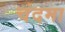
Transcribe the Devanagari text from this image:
चंदमा